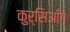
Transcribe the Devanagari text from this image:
कुर्सिआँग